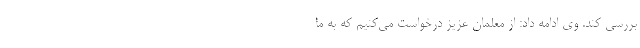
بررسی کند. وی ادامه داد: از معلمان عزیز درخواست می‌کنیم که به ما